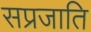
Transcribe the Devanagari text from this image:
सप्रजाति